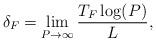
LaTeX: \begin{align*} \delta_F = \lim_{\substack{P\rightarrow \infty}}\frac{T_F \log(P)}{L},\end{align*}